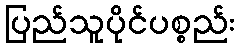
ပြည်သူပိုင်ပစ္စည်း